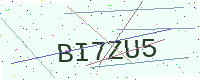
Text: BI7ZU5